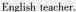
English teacher.